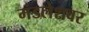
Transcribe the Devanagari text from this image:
मंडलेशवर